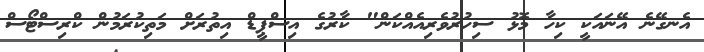
އެނގޭނެ އޭނައަކީ ކިހާ މޮޅު ސިހުރުވެރިއެއްކަން" ކާރުގެ އިސްޕީޑް އިތުރަށް މަތިކުރަމުން ކްރިސްޓޯސް